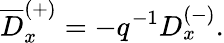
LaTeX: \overline{{{D}}}_{x}^{(+)}=-q^{-1}D_{x}^{(-)}.